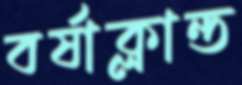
বর্ষাক্লান্ত